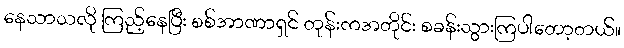
နေသာသလို ကြည့်နေပြီး စစ်အာဏာရှင် တုန်းကအတိုင်း စခန်းသွားကြပါတော့တယ်။